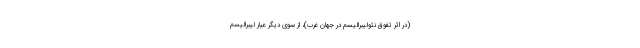
(در اثر تفوق نئولیبرالیسم در جهان غرب)، از سوی دیگر عیار لیبرالیسم